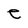
Character: e